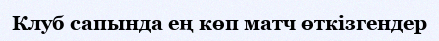
Клуб сапында ең көп матч өткізгендер